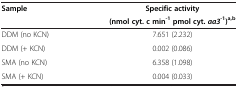
<table><thead><tr><td rowspan="2"><b>Sample</b></td><td><b>Specific activity</b></td></tr><tr><td><b>(nmol cyt. c min<sup>-1 </sup>pmol cyt. <i>aa3</i><sup>-1</sup>)<sup>a,b</sup></b></td></tr></thead><tbody><tr><td>DDM (no KCN)</td><td>7.651 (2.232)</td></tr><tr><td>DDM (+ KCN)</td><td>0.002 (0.086)</td></tr><tr><td>SMA (no KCN)</td><td>6.358 (1.098)</td></tr><tr><td>SMA (+ KCN)</td><td>0.004 (0.033)</td></tr></tbody></table>